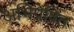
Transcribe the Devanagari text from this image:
अभिप्रेषित